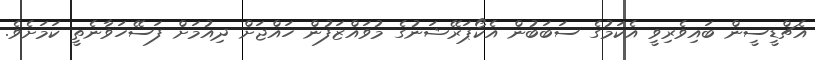
އެޗްޑީސީން ބައިވެރިވީ އެކަމުގެ ސަބަބުން އެކޯޕަރޭޝަނުގެ މުވައްޒަފުން ހައްޖަށް ދިއުމަށް ފަސޭހަވާނެތީ ކަމަށެވެ.